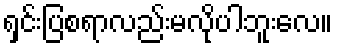
ရှင်းပြစရာလည်းမလိုပါဘူးလေ။